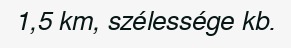
1,5 km, szélessége kb.